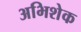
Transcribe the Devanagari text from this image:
अभिशेक